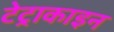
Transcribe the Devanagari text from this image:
टेट्राकाइन